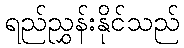
ရည်ညွှန်းနိုင်သည်